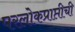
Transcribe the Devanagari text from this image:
परलोकप्राप्तीची